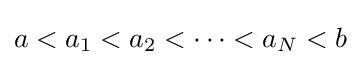
a<a_{1}<a_{2}<\cdots <a_{N}<b